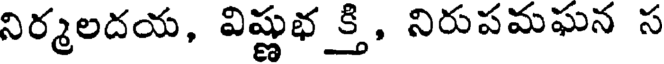
నిర్మలదయ, విష్ణుభక్తి, నిరుపమఘన స